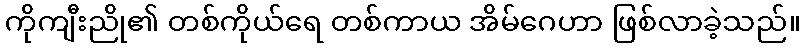
ကိုကျီးညို၏ တစ်ကိုယ်ရေ တစ်ကာယ အိမ်ဂေဟာ ဖြစ်လာခဲ့သည်။